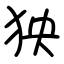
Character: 㹧